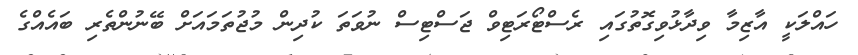
ހައްލަކީ އާޒިމާ ވިދާޅުވިގޮތުގައި ރެސްޓޯރަޓިވް ޖަސްޓިސް ނުވަތަ ކުދިން މުޖުތަމައަށް ބޭނުންތެރި ބައެއްގެ